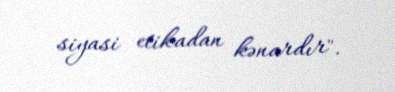
siyasi etikadan kənardır".